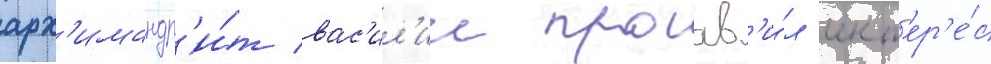
арх'имандр'и́т вас'ил'ии проав'и́л инт'ер'е́с